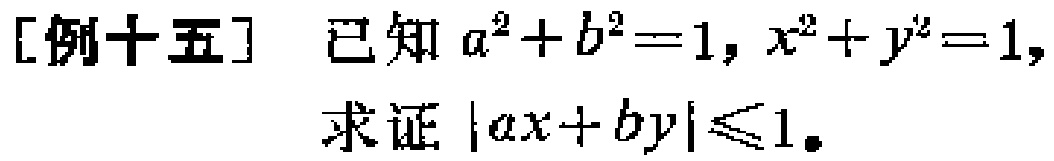
[例十五] 已知 \(a^{2}+b^{2}=1\)，\(x^{2}+y^{2}=1\)，

求证 \(|ax + by|\leq1\)。